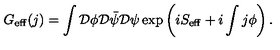
G _ { \mathrm { \scriptsize e f f } } ( j ) = \int { \cal D } \phi { \cal D } { \bar { \psi } } { \cal D } \psi \exp \left( i S _ { \mathrm { \scriptsize e f f } } + i \int j \phi \right) .